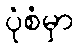
ပုံစံမှာ